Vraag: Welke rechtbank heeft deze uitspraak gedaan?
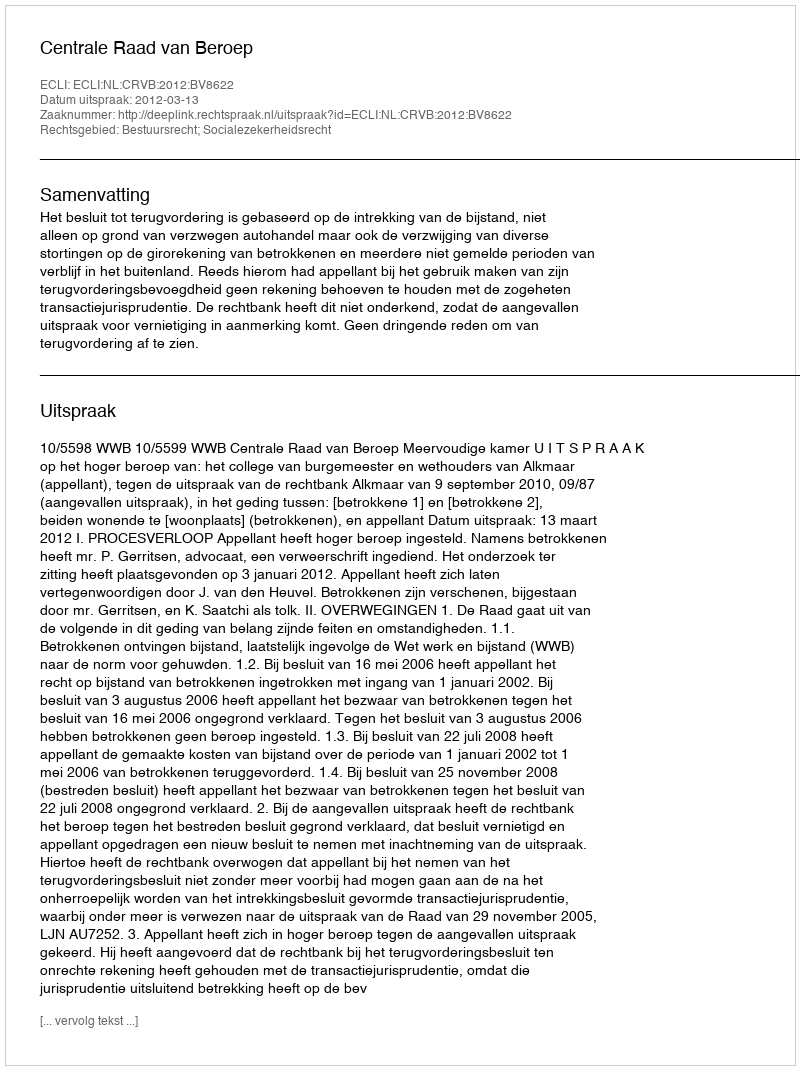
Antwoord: Centrale Raad van Beroep